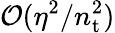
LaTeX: \mathcal{O}(\eta^{2}/n_{\mathrm{t}}^{2})